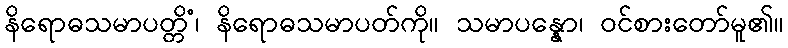
နိရောဓသမာပတ္တိံ၊ နိရောဓသမာပတ်ကို။ သမာပန္နော၊ ဝင်စားတော်မူ၏။